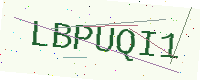
Text: LBPUQI1